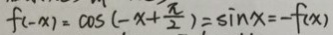
f ( - x ) = \cos ( - x + \frac { \pi } { 2 } ) = \sin x = - f ( x )